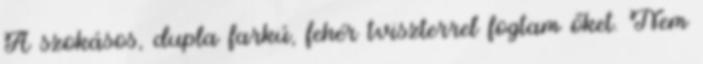
A szokásos, dupla farkú, fehér tviszterrel fogtam őket. Nem